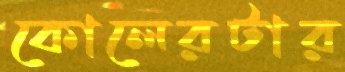
কোলেরটার